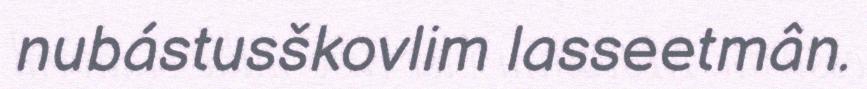
nubástusškovlim lasseetmân.